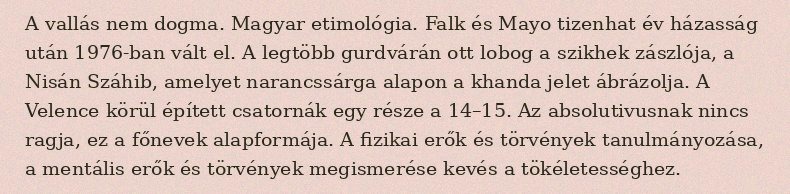
A vallás nem dogma. Magyar etimológia. Falk és Mayo tizenhat év házasság után 1976-ban vált el. A legtöbb gurdvárán ott lobog a szikhek zászlója, a Nisán Száhib, amelyet narancssárga alapon a khanda jelet ábrázolja. A Velence körül épített csatornák egy része a 14–15. Az absolutivusnak nincs ragja, ez a főnevek alapformája. A fizikai erők és törvények tanulmányozása, a mentális erők és törvények megismerése kevés a tökéletességhez.